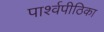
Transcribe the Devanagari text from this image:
पार्श्वपीठिका